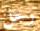
رجل